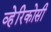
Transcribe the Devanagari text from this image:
व्हेरिकोसी